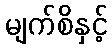
မျက်စိနှင့်